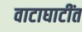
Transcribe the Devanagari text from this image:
वाटाघाटींत